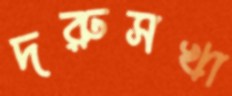
দরুসখা